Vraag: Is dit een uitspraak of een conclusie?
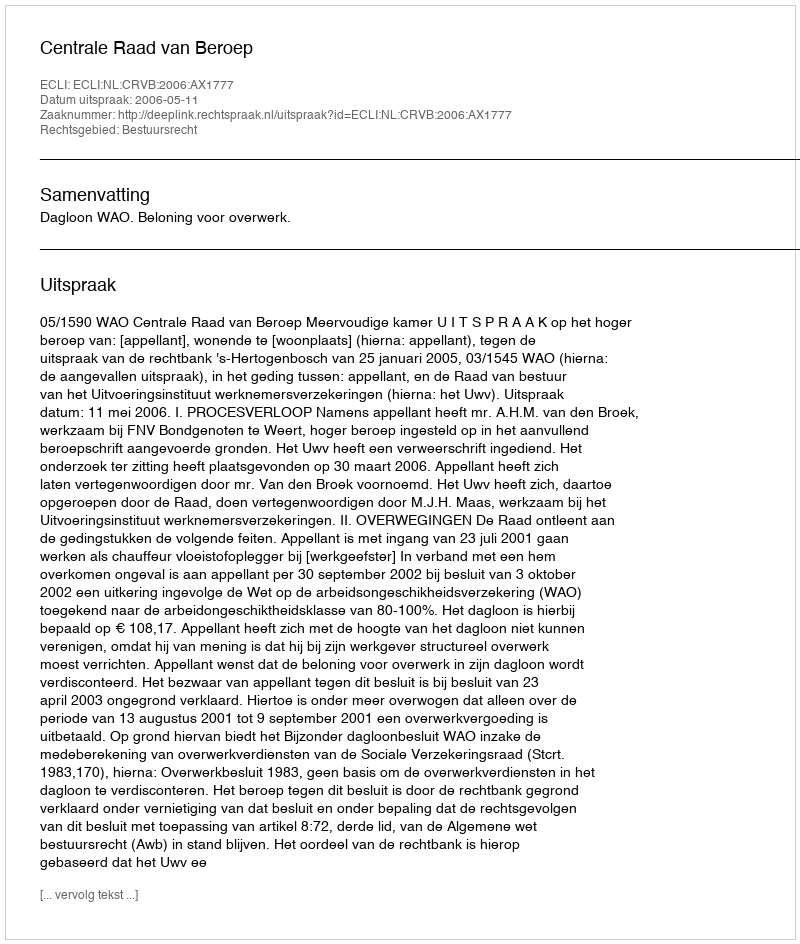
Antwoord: Uitspraak